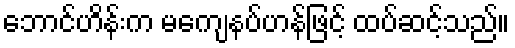
ဘောင်ဟိန်းက မကျေနပ်ဟန်ဖြင့် ထပ်ဆင့်သည်။